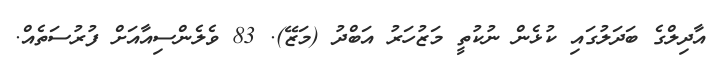
އާދިލްގެ ބަދަލުގައި ކުޅެން ނުކުތީ މަޒުހަރު އަބްދު (މަޒޭ). 83 ވެލެންސިއާއަށް ފުރުސަތެއް.